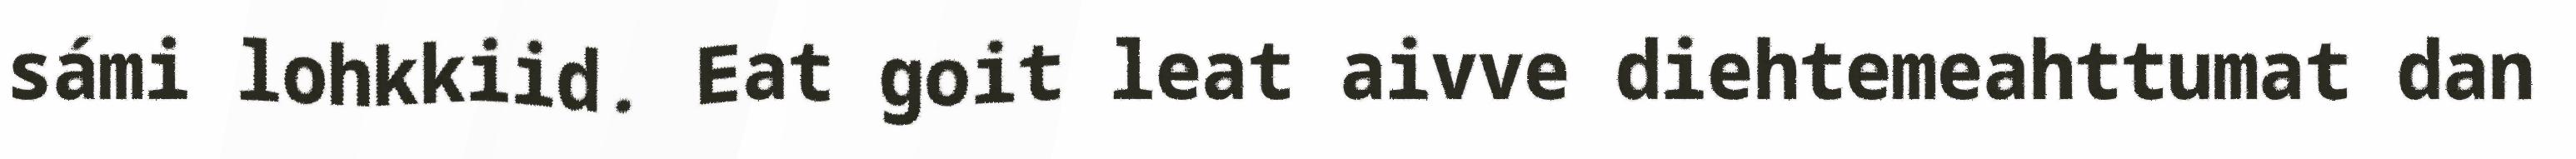
sámi lohkkiid. Eat goit leat aivve diehtemeahttumat dan